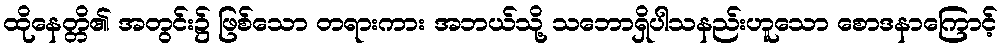
ထိုနေတ္တိ၏ အတွင်း၌ ဖြစ်သော တရားကား အဘယ်သို့ သဘောရှိပါသနည်းဟူသော စောဒနာကြောင့်